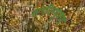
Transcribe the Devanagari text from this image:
संगीतभूषण